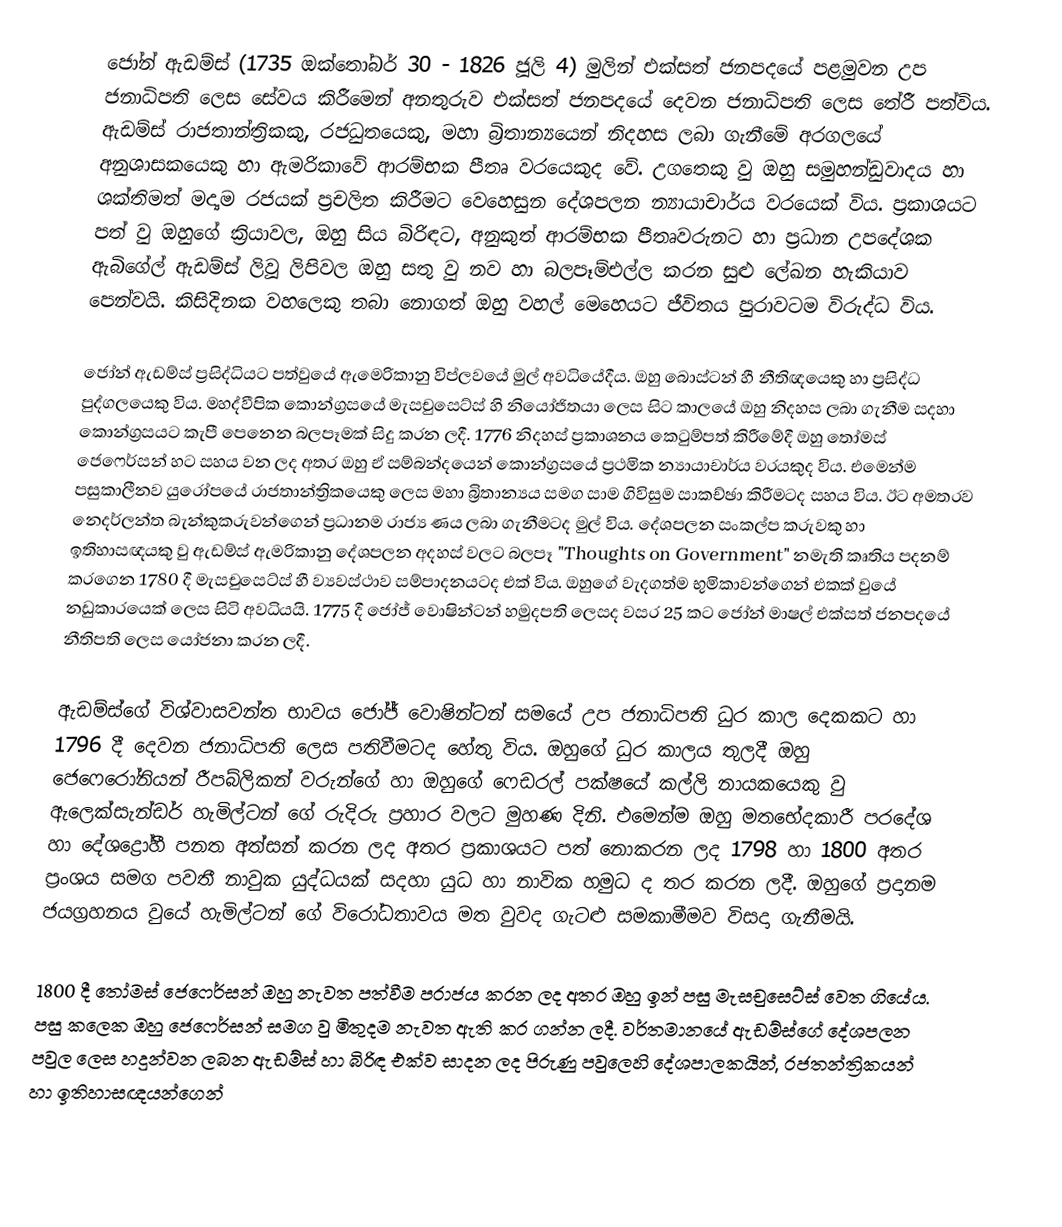
ජෝන් ඇඩම්ස් (1735 ඔක්තෝබර් 30 - 1826 ජූලි 4) මුලින් එක්සත් ජනපදයේ පළමුවන උප ජනාධිපති ලෙස සේවය කිරීමෙන් අනතුරුව එක්සත් ජනපදයේ දෙවන ජනාධිපති ලෙස තේරී පත්විය. ඇඩම්ස් රාජතාන්ත්‍රිකකු, රජධුතයෙකු, මහා බ්‍රිතාන්‍යයෙන් නිදහස ලබා ගැනීමේ අරගලයේ අනුශාසකයෙකු හා ඇමරිකාවේ ආරම්භක පීතෘ වරයෙකුද වේ.  උගතෙකු වු ඔහු සමුහන්ඩුවාදය හා ශක්තිමත් මද්‍යම රජයක් ප්‍රචලිත කිරීමට වෙහෙසුන දේශපලන න්‍යායාචාර්ය වරයෙක් විය.  ප්‍රකාශයට පත් වු ඔහුගේ ක්‍රියාවල, ඔහු සිය බිරිඳට, අනුකුත් ආරම්භක පීතෘවරුනට හා  ප්‍රධාන උපදේශක ඇබිගේල් ඇඩම්ස් ලිවූ ලිපිවල ඔහු සතු වු නව හා බලපෑම්එල්ල කරන සුළු ලේඛන හැකියාව පෙන්වයි. කිසිදිනක වහලෙකු තබා නොගත් ඔහු වහල් මෙහෙයට ජීවිතය පුරාවටම විරුද්ධ විය.

ජෝන් ඇඩම්ස් ප්‍රසිද්ධියට පත්වුයේ ඇමෙරිකානු විප්ලවයේ මුල් අවධියේදීය. ඔහු බොස්ටන් හී නීතිඥයෙකු හා ප්‍රසිද්ධ පුද්ගලයෙකු විය. මහද්වීපික කොන්ග්‍රසයේ මැසචුසෙට්ස් හි නියෝජිතයා ලෙස සිට කාලයේ ඔහු නිදහස ලබා ගැනීම සදහා කොන්ග්‍රසයට කැපී පෙනෙන බලපෑමක් සිදු කරන ලදී. 1776 නිදහස් ප්‍රකාශනය කෙටුම්පත් කිරීමේදී ඔහු තෝමස් ජෙෆෙර්සන් හට සහය වන ලද අතර ඔහු ඒ සම්බන්දයෙන් කොන්ග්‍රසයේ ප්‍රථමික න්‍යායාචාර්ය වරයකුද විය. එමෙන්ම පසුකාලීනව යුරෝපයේ රාජතාන්ත්‍රිකයෙකු ලෙස මහා බ්‍රිතාන්‍යය සමග සාම ගිවිසුම සාකච්ඡා කිරීමටද සහය විය. ඊට අමතරව නෙදර්ලන්ත බැන්කුකරුවන්ගෙන් ප්‍රධානම රාජ්‍ය ණය ලබා ගැනීමටද මුල් විය. දේශපලන සංකල්ප කරුවකු හා ඉතිහාසඥයකු වු ඇඩම්ස්  ඇමරිකානු දේශපලන අදහස්‌ වලට බලපෑ "Thoughts on Government" නමැති කෘතිය පදනම් කරගෙන 1780 දී මැසචුසෙට්ස් හී ව්‍යවස්ථාව සම්පාදනයටද එක් විය. ඔහුගේ වැදගත්ම භුමිකාවන්ගෙන් එකක් වුයේ නඩුකාරයෙක් ලෙස සිටි අවධියයි. 1775 දී ජෝජ් වොෂින්ටන් හමුදපති ලෙසද වසර 25 කට ජෝන් මාෂල් එක්සත් ජනපදයේ නීතිපති ලෙස යෝජනා කරන ලදී.

ඇඩම්ස්ගේ විශ්වාසවන්ත භාවය ජෝජ් වොෂින්ටන් සමයේ උප ජනාධිපති ධුර කාල දෙකකට හා 1796 දී දෙවන ජනාධිපති ලෙස පතිවීමටද හේතු විය. ඔහුගේ ධුර කාලය තුලදී ඔහු ජෙෆෙරෝනියන් රීපබ්ලිකන් වරුන්ගේ හා ඔහුගේ ෆෙඩරල් පක්ෂයේ කල්ලි නායකයෙකු වු ඇලෙක්සැන්ඩර් හැමිල්ටන් ගේ රුදිරු ප්‍රහාර වලට මුහණ දිනි. එමෙන්ම ඔහු මතභේදකාරී පරදේශ හා දේශද්‍රෝහී පනත අත්සන් කරන ලද අතර ප්‍රකාශයට පත් නොකරන ලද 1798 හා 1800 අතර ප්‍රංශය සමග පවතී නාවුක යුද්ධයක් සදහා යුධ හා නාවික හමුධ ද තර කරන ලදී. ඔහුගේ ප්‍රදානම ජයග්‍රහනය වුයේ හැමිල්ටන් ගේ විරෝධතාවය මත වුවද ගැටළු සමකාමීමව විසදා ගැනීමයි.

1800 දී තෝමස් ජෙෆෙර්සන් ඔහු නැවත පත්වීම පරාජය කරන ලද අතර ඔහු ඉන් පසු මැසචුසෙට්ස් වෙත ගියේය. පසු කලෙක ඔහු ජෙෆෙර්සන් සමග වු මිතුදම නැවත ඇති කර ගන්න ලදී. වර්තමානයේ ඇඩම්ස්ගේ දේශපලන පවුල ලෙස හදුන්වන ලබන ඇඩම්ස් හා බිරිඳ එක්ව සාදන ලද පිරුණු පවුලෙහි දේශපාලකයින්, රජතන්ත්‍රිකයන් හා ඉතිහාසඥයන්ගෙන්